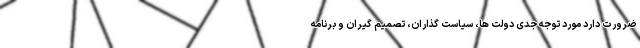
ضرورت دارد مورد توجه جدی دولت ها، سیاست گذاران، تصمیم گیران و برنامه